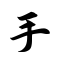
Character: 手